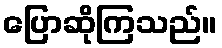
ပြောဆိုကြသည်။